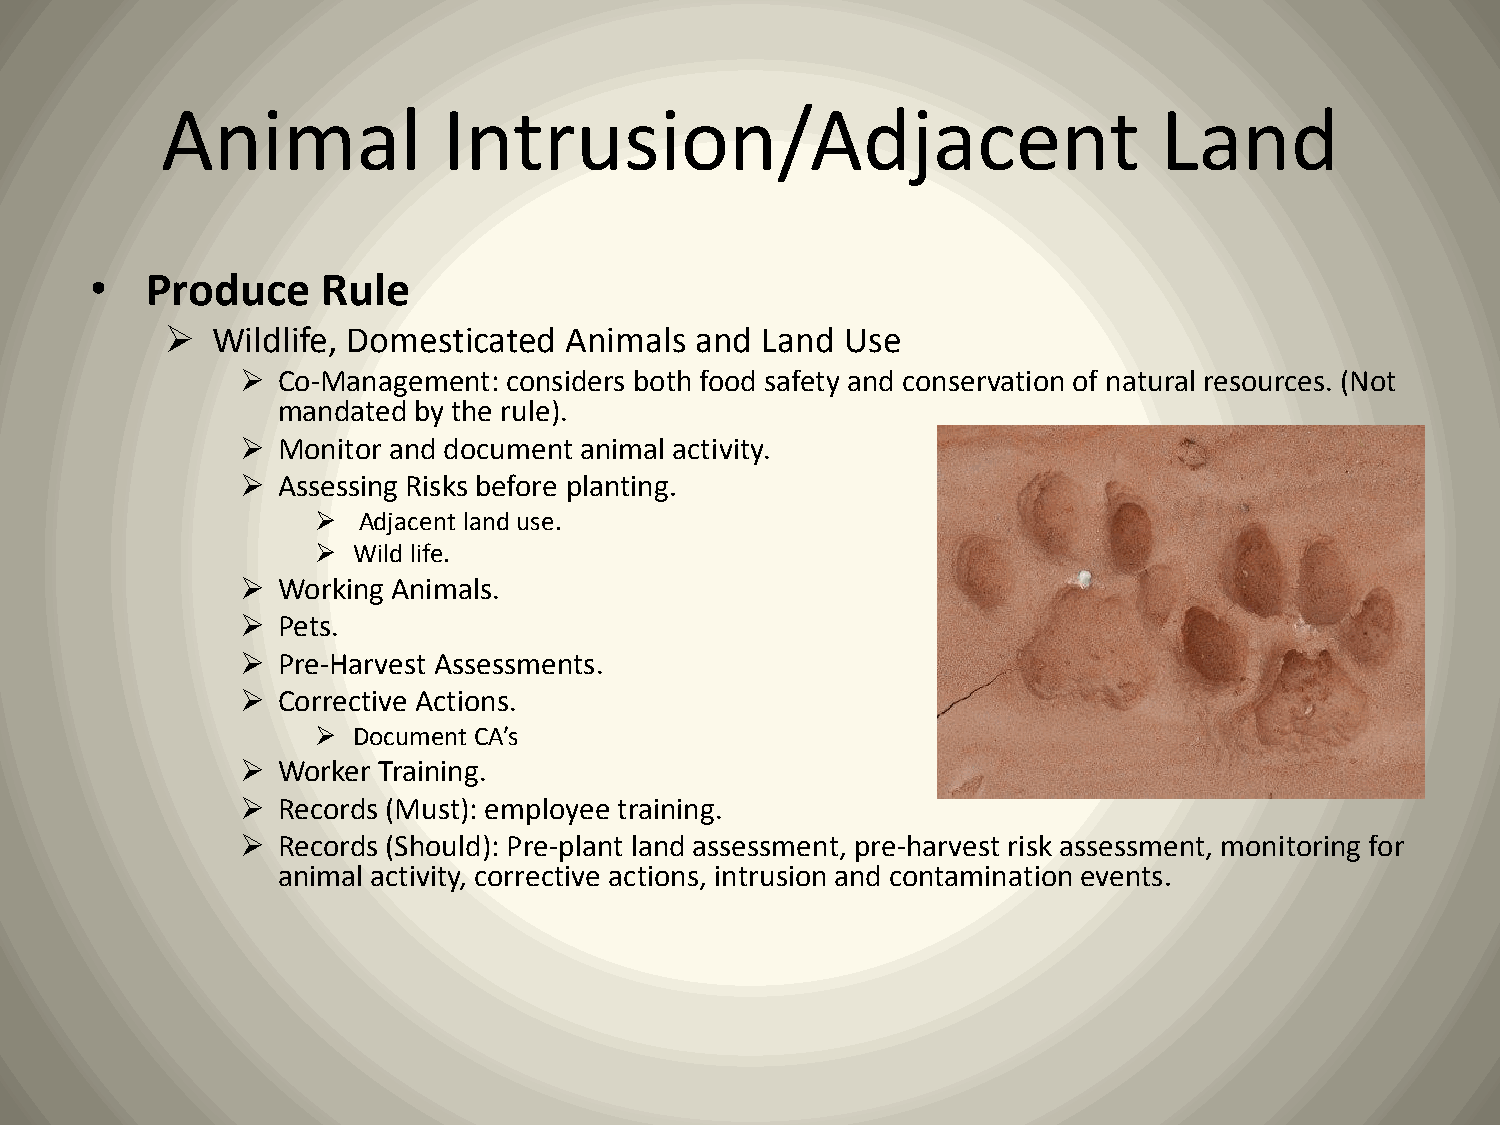
Animal            Intrusion/Adjacent                              Land
 •   Produce    Rule
   Wildlife, Domesticated Animals  and Land  Use
  Co-Management: considers both food safety and conservation of natural resources. (Not
 mandated by the rule).
  Monitor and document animal activity.
  Assessing Risks before planting.
   Adjacent land use.
  Wild life.
  Working Animals.
  Pets.
  Pre-Harvest Assessments.
  Corrective Actions.
  Document CA’s
  Worker Training.
  Records (Must): employee training.
  Records (Should): Pre-plant land assessment, pre-harvest risk assessment, monitoring for
 animal activity, corrective actions, intrusion and contamination events.